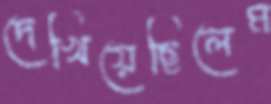
দেখিয়েছিলেম